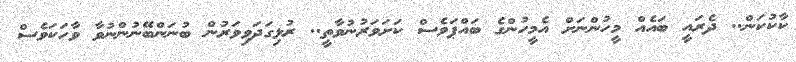
ކާކުކަން.. ދެރައީ ބައެއް މީހުންނަށް އެމީހުންގެ ބައްޕަވެސް ކަށަވަރުނުވާތީ.. ރުޅިގަދަވިވަރުން ބުނަންބޭނުންނުވާ ވާހަކަވެސް